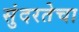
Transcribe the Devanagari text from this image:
सुंदरतेचा